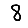
Digit: 8